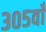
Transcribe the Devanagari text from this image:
३०५वाँ